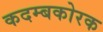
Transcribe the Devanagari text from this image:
कदम्बकोरक